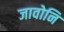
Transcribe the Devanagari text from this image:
जावोनि